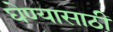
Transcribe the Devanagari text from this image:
घेण्यासाठीं